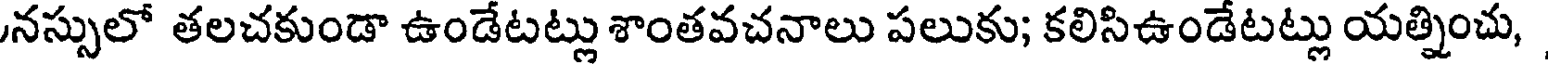
నస్సులో తలచకుండా ఉండేటట్లు శాంతవచనాలు పలుకు; కలిసిఉండేటట్లు యత్నించు,